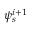
\psi _ { s } ^ { i + 1 }